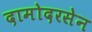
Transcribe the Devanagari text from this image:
दामोदरसेन